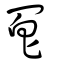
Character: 冟